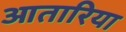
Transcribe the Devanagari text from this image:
आतारिया